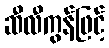
ဆီလီကွန်ဖြင့်